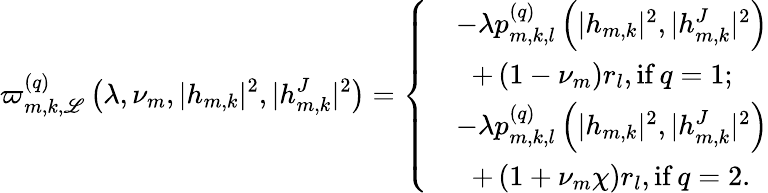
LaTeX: \varpi_{m,k,\mathscr{L}}^{(q)}\left(\lambda,\nu_{m},|h_{m,k}|^{2},|h_{m,k}^{J}|^{2}\right)=\left\{ \begin{array}{rl}&{-\lambda p_{m,k,l}^{(q)}\left(|h_{m,k}|^{2},|h_{m,k}^{J}|^{2}\right)}\\ &{\; \; +\left(1-\nu_{m}\right)r_{l},{\mathrm{if}}\, q=1;}\\ &{-\lambda p_{m,k,l}^{(q)}\left(|h_{m,k}|^{2},|h_{m,k}^{J}|^{2}\right)}\\ &{\; \; +\left(1+\nu_{m}\chi\right)r_{l},{\mathrm{if}}\, q=2.}\end{array}\right.